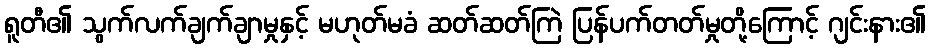
ရူတီ၏ သွက်လက်ချက်ချာမှုနှင့် မဟုတ်မခံ ဆတ်ဆတ်ကြဲ ပြန်ပက်တတ်မှုတို့ကြောင့် ဂျင်းနား၏